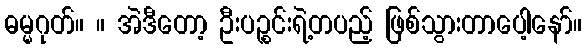
ဓမ္မဂုတ်။ ။ အဲဒီတော့ ဦးပဉ္စင်းရဲ့တပည့် ဖြစ်သွားတာပေါ့နော်။